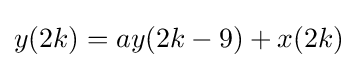
y(2k)=ay(2k-9)+x(2k)